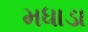
મધાડા